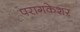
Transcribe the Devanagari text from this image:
परागकेशर